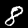
Digit: 8